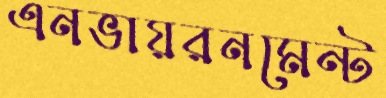
এনভায়রনমেন্ট